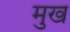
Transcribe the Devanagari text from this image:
मुख्‍ा